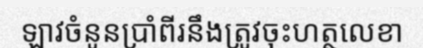
ឡាវចំនូនប្រាំពីរនឹងត្រូវចុះហត្ថលេខា